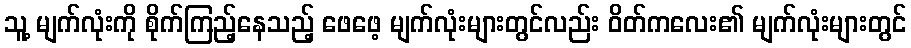
သူ့ မျက်လုံးကို စိုက်ကြည့်နေသည့် ဖေဖေ့ မျက်လုံးများတွင်လည်း ဝိတ်ကလေး၏ မျက်လုံးများတွင်